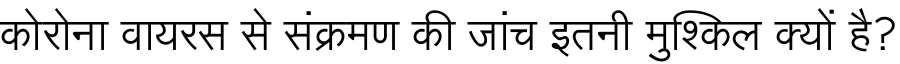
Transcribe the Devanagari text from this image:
कोरोना वायरस से संक्रमण की जांच इतनी मुश्किल क्यों है?